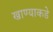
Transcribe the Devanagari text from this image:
खाण्याकडे